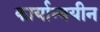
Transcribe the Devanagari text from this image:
कार्यान्वयीन